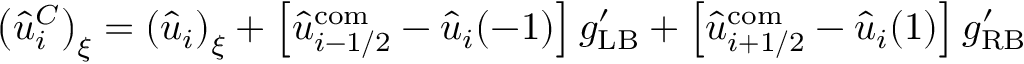
\left( \hat { u } _ { i } ^ { C } \right) _ { \xi } = \left( \hat { u } _ { i } \right) _ { \xi } + \left[ \hat { u } _ { i - 1 / 2 } ^ { \mathrm { c o m } } - \hat { u } _ { i } ( - 1 ) \right] g _ { \mathrm { L B } } ^ { \prime } + \left[ \hat { u } _ { i + 1 / 2 } ^ { \mathrm { c o m } } - \hat { u } _ { i } ( 1 ) \right] g _ { \mathrm { R B } } ^ { \prime }